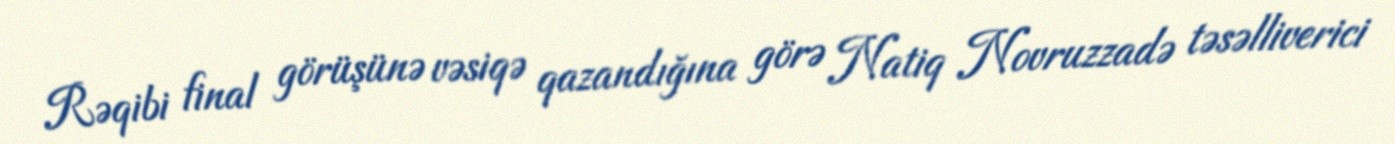
Rəqibi final görüşünə vəsiqə qazandığına görə Natiq Novruzzadə təsəlliverici